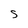
Character: S